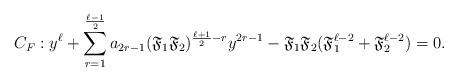
LaTeX: \begin{align*}C_F: y^\ell+\sum_{r=1}^{\frac{\ell-1}{2}} a_{2r-1} (\mathfrak{F}_1\mathfrak{F}_2)^{\frac{\ell+1}{2}-r} y^{2r-1}-\mathfrak{F}_1\mathfrak{F}_2(\mathfrak{F}_1^{\ell-2}+\mathfrak{F}_2^{\ell-2})=0.\end{align*}